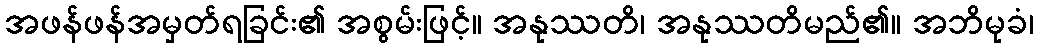
အဖန်ဖန်အမှတ်ရခြင်း၏ အစွမ်းဖြင့်။ အနုဿတိ၊ အနုဿတိမည်၏။ အဘိမုခံ၊